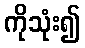
ကိုသုံး၍